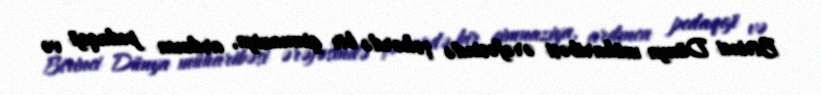
Birinci Dünya müharibəsi ərəfəsində şəhərdə bir gimnaziya, ardınca pedaqoji və